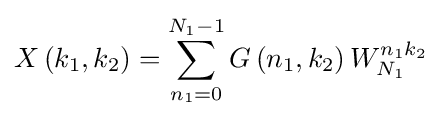
X\left(k_{1},k_{2}\right)=\sum _{n_{1}=0}^{N_{1}-1}G\left(n_{1},k_{2}\right)W_{N_{1}}^{n_{1}k_{2}}